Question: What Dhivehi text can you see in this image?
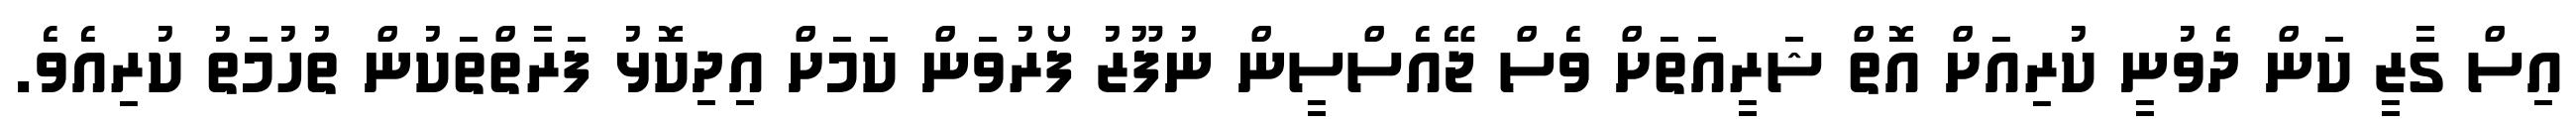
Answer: އިސް ގާޒީ ކަން ދެވުނީ ކުރިއަށް އޮތް ޝަރީއަތަށް ވެސް ޖޭއެސްސީން ނުފޫޒު ފޯރުވަން ކަމަށް އިދިކޮޅު ފަރާތްތަކުން ތުހުމަތު ކުރިއެވެ.